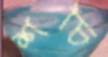
শচি